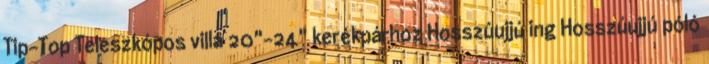
Tip-Top Teleszkópos villa 20"-24" kerékpárhoz Hosszúujjú ing Hosszúujjú póló